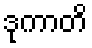
ဒုကာတိ